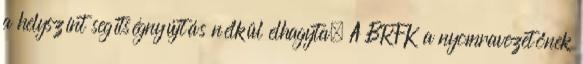
a helyszínt segítségnyújtás nélkül elhagyta. A BRFK a nyomravezetőnek